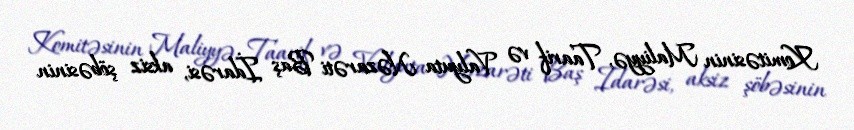
Komitəsinin Maliyyə, Taarif və Valyuta Nəzarəti Baş İdarəsi, aksiz şöbəsinin